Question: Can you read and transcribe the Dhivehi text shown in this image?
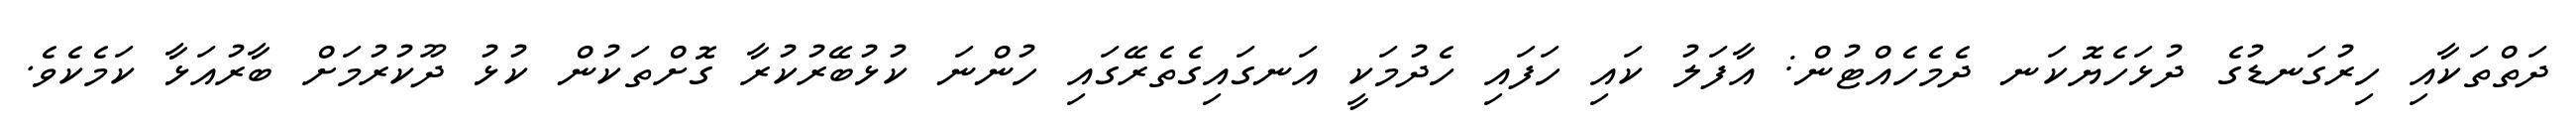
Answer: ދަތްތަކާއި ހިރުގަނޑުގެ ދުޅަހެޔޮކަނ ދެމެހެއްޓުން: އާފަލު ކައި ހަފައި ހެދުމަކީ އަނގައިގެތެރޭގައި ހުންނަ ކުޅުބޭރުކުރާ ގޮށްތަކުން ކުޅު ދޫކުރުމަށް ބާރުއަޅާ ކަމެކެވެ.